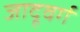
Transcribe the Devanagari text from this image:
जादूवर्ग